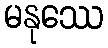
မနုဿေ